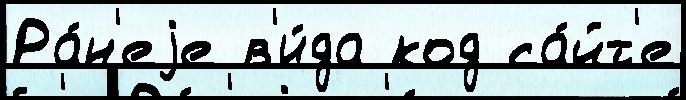
Ра́н'еjе в'и́да код са́йт'е